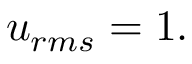
u _ { r m s } = 1 .